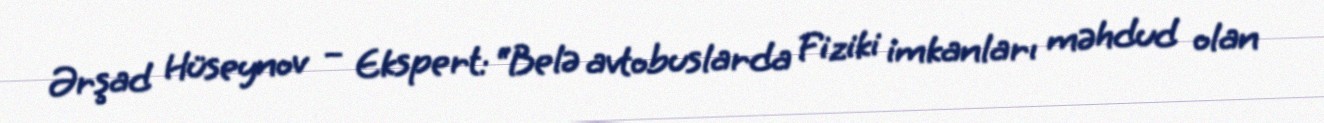
Ərşad Hüseynov – Ekspert: “Belə avtobuslarda Fiziki imkanları məhdud olan